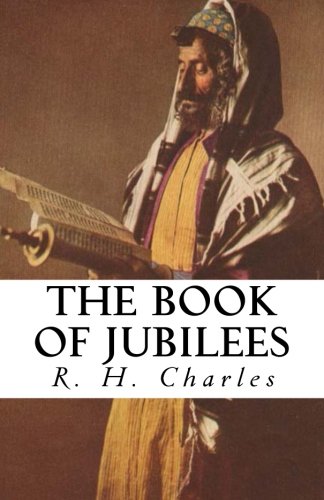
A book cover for The Book of Jubilees; R. H. Charles; Christian Books & Bibles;